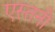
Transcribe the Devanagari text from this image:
एस्तनी